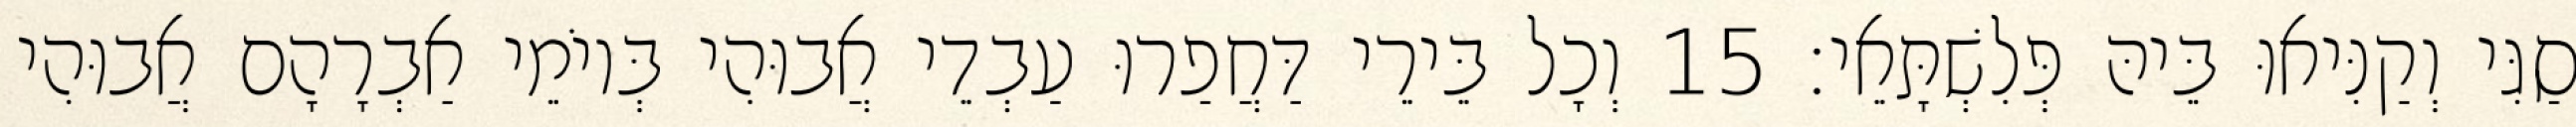
סַגִּי וְקַנִּיאוּ בֵּיהּ פְּלִשְׁתָּאֵי׃ 15 וְכָל בֵּירֵי דַּחֲפַרוּ עַבְדֵי אֲבוּהִי בְּיוֹמֵי אַבְרָהָם אֲבוּהִי